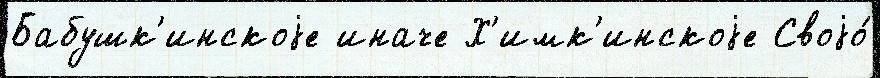
Бабушк'инскоjе иначе Х'имк'инскоjе Своjо́